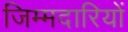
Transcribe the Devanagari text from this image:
जिम्मदारियों